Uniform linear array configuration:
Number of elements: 4
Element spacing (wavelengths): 0.75
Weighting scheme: hann
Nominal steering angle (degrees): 45
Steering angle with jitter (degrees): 45.149
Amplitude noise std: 0.05
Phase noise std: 0.05

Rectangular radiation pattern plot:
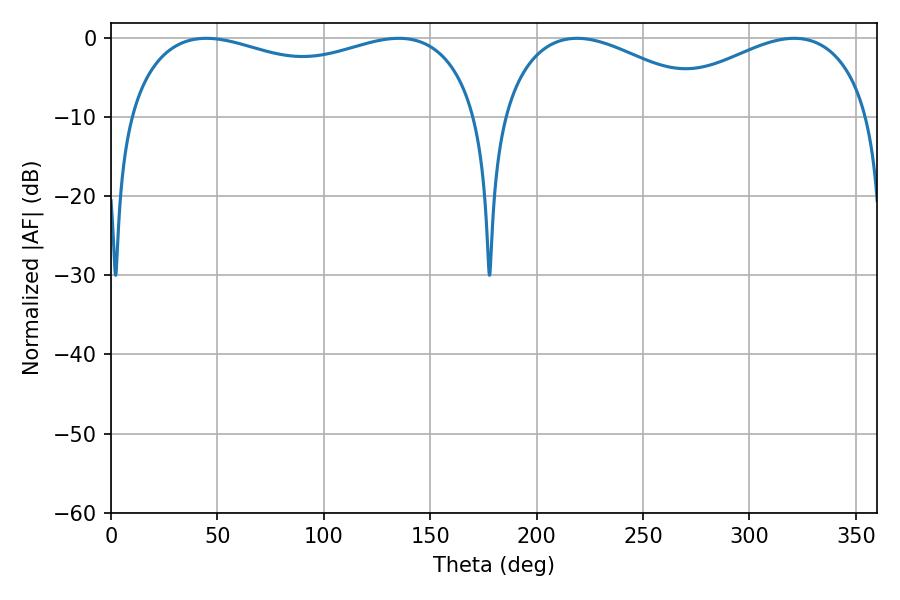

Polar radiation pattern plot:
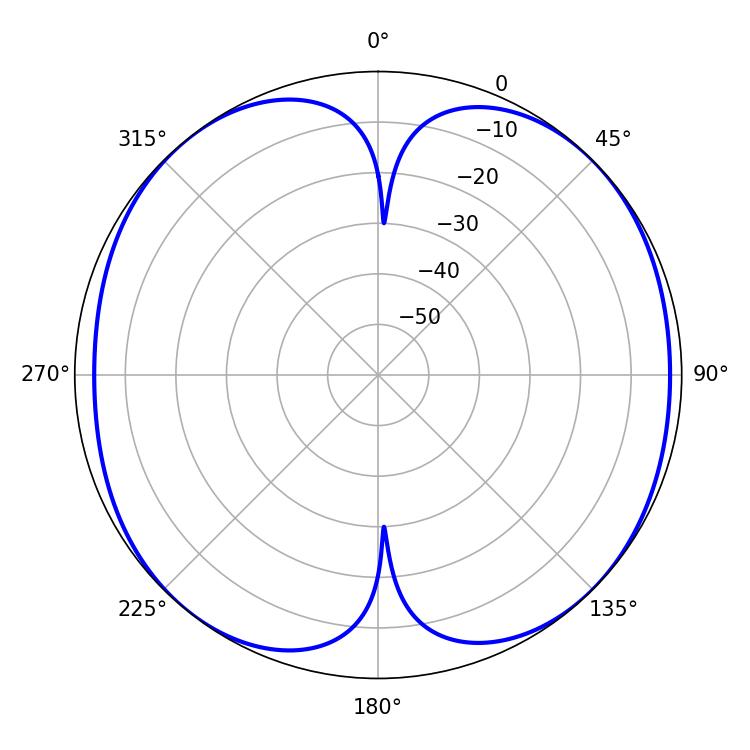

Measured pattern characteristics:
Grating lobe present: TRUE
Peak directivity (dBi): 11.085
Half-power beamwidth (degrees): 136.44
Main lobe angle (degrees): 44.82